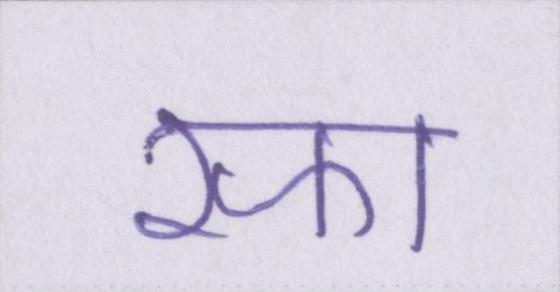
रफा